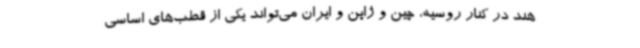
هند در کنار روسیه، چین و ژاپن و ایران می‌تواند یکی از قطب‌های اساسی